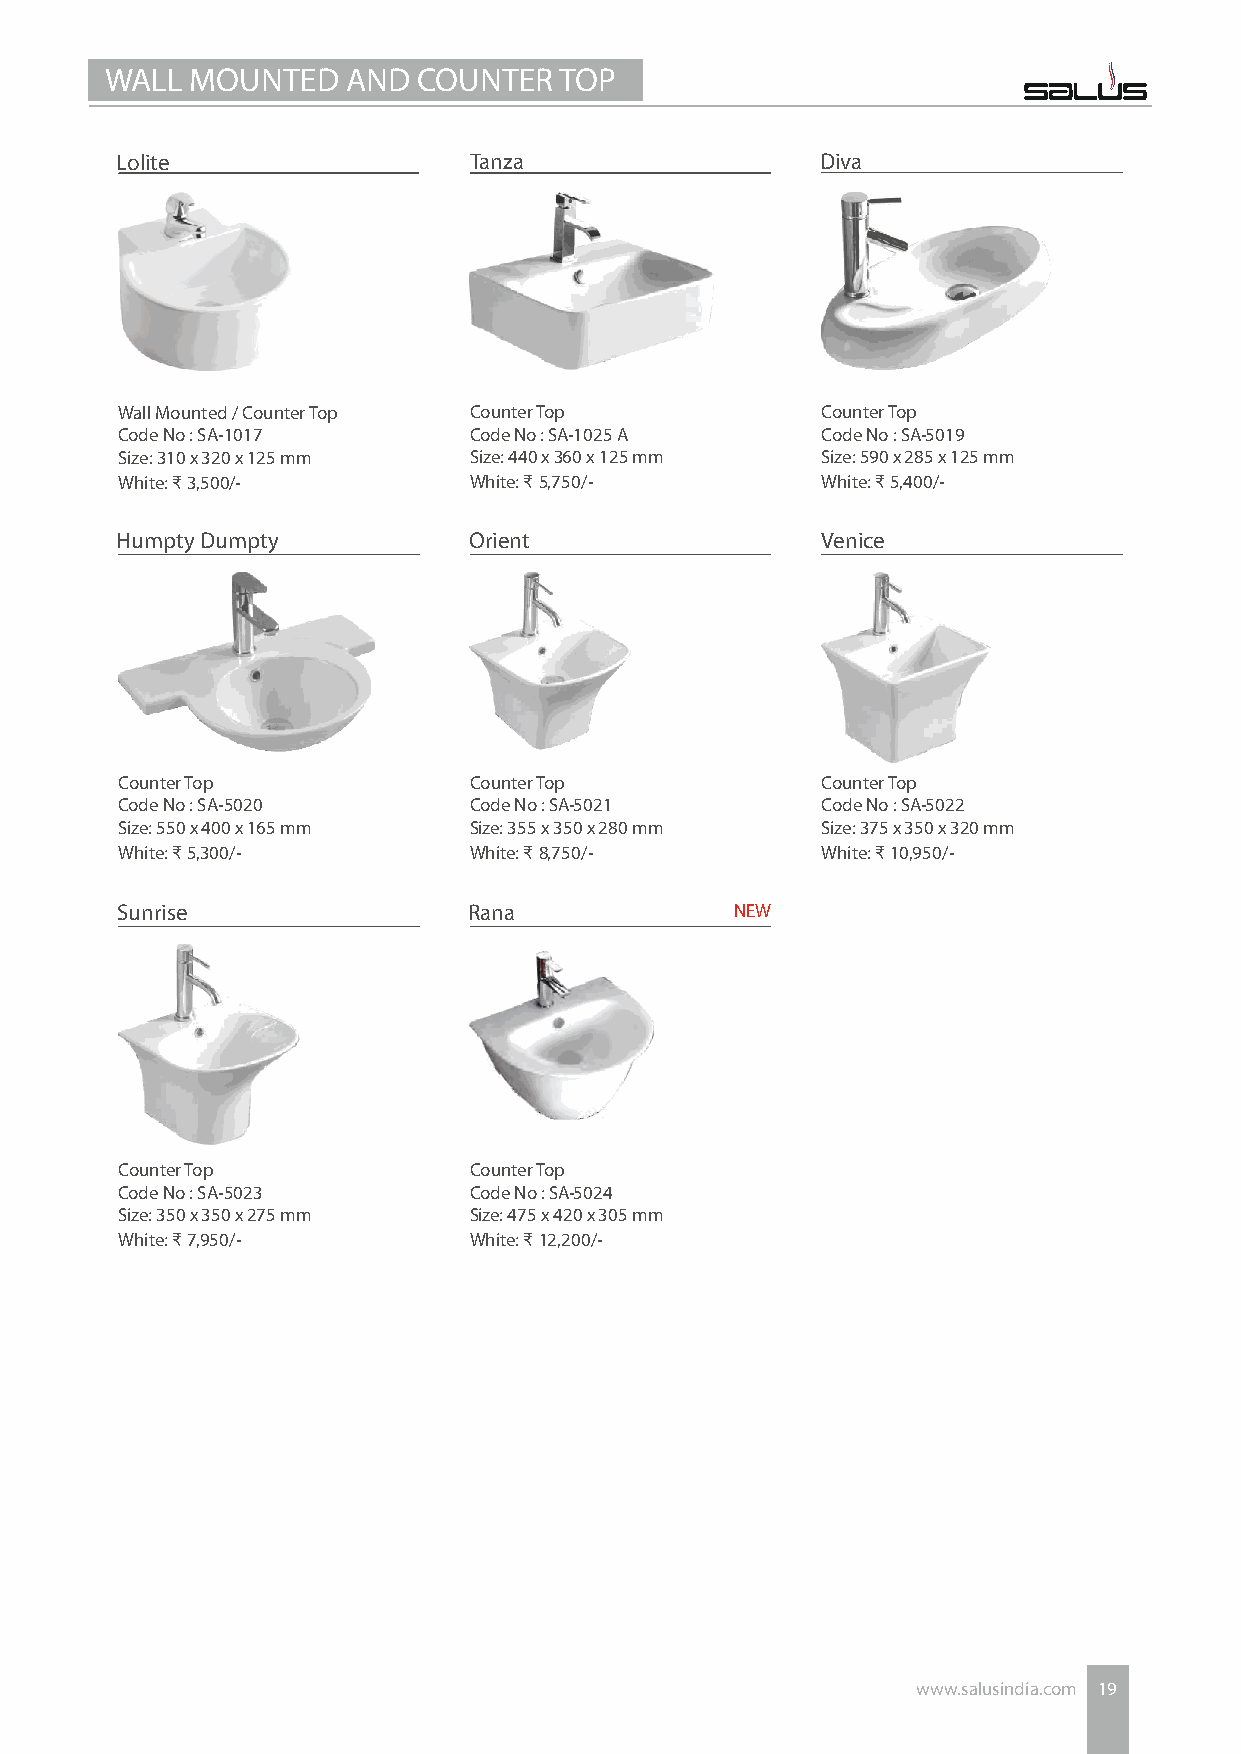
WALL  MOUNTED   AND  COUNTER  TOP
 Lolite                 Tanza                  Diva
 Wall Mounted / Counter Top Counter Top        Counter Top
 Code No : SA-1017      Code No : SA-1025 A    Code No : SA-5019
 Size: 310 x 320 x 125 mm Size: 440 x 360 x 125 mm Size: 590 x 285 x 125 mm
 White: ₹ 3,500/-       White: ₹ 5,750/-       White: ₹ 5,400/-
 Humpty Dumpty          Orient                 Venice
 Counter Top            Counter Top            Counter Top
 Code No : SA-5020      Code No : SA-5021      Code No : SA-5022
 Size: 550 x 400 x 165 mm Size: 355 x 350 x 280 mm Size: 375 x 350 x 320 mm
 White: ₹ 5,300/-       White: ₹ 8,750/-       White: ₹ 10,950/-
 Sunrise                Rana              NEW
 Counter Top            Counter Top
 Code No : SA-5023      Code No : SA-5024
 Size: 350 x 350 x 275 mm Size: 475 x 420 x 305 mm
 White: ₹ 7,950/-       White: ₹ 12,200/-
 www.salusindia.com 19